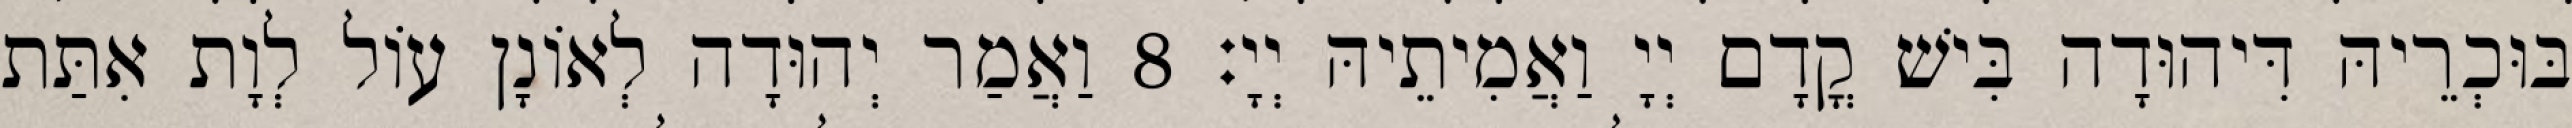
בּוּכְרֵיהּ דִּיהוּדָה בִּישׁ קֳדָם יְיָ וַאֲמִיתֵיהּ יְיָ׃ 8 וַאֲמַר יְהוּדָה לְאוֹנָן עוֹל לְוָת אִתַּת